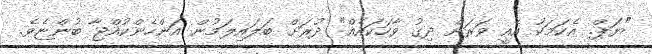
"ޔަަޕް. އެކަމަކު އެއީ ވަރަށް ދިގު ވާހަކައެއް" ދުރަށް ބަލައިލަމުން އަންހެންކުއްޖާ ބުންޏެވެ.